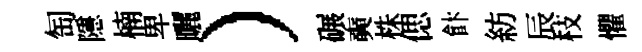
匋隱楠卑曬）碾奭株偲飰紡辰枝懼